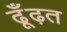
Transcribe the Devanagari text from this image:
ढूँढ़त